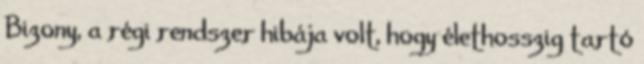
Bizony, a régi rendszer hibája volt, hogy élethosszig tartó